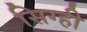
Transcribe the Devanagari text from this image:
सिग्ही